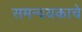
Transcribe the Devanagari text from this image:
समन्वयकाचे